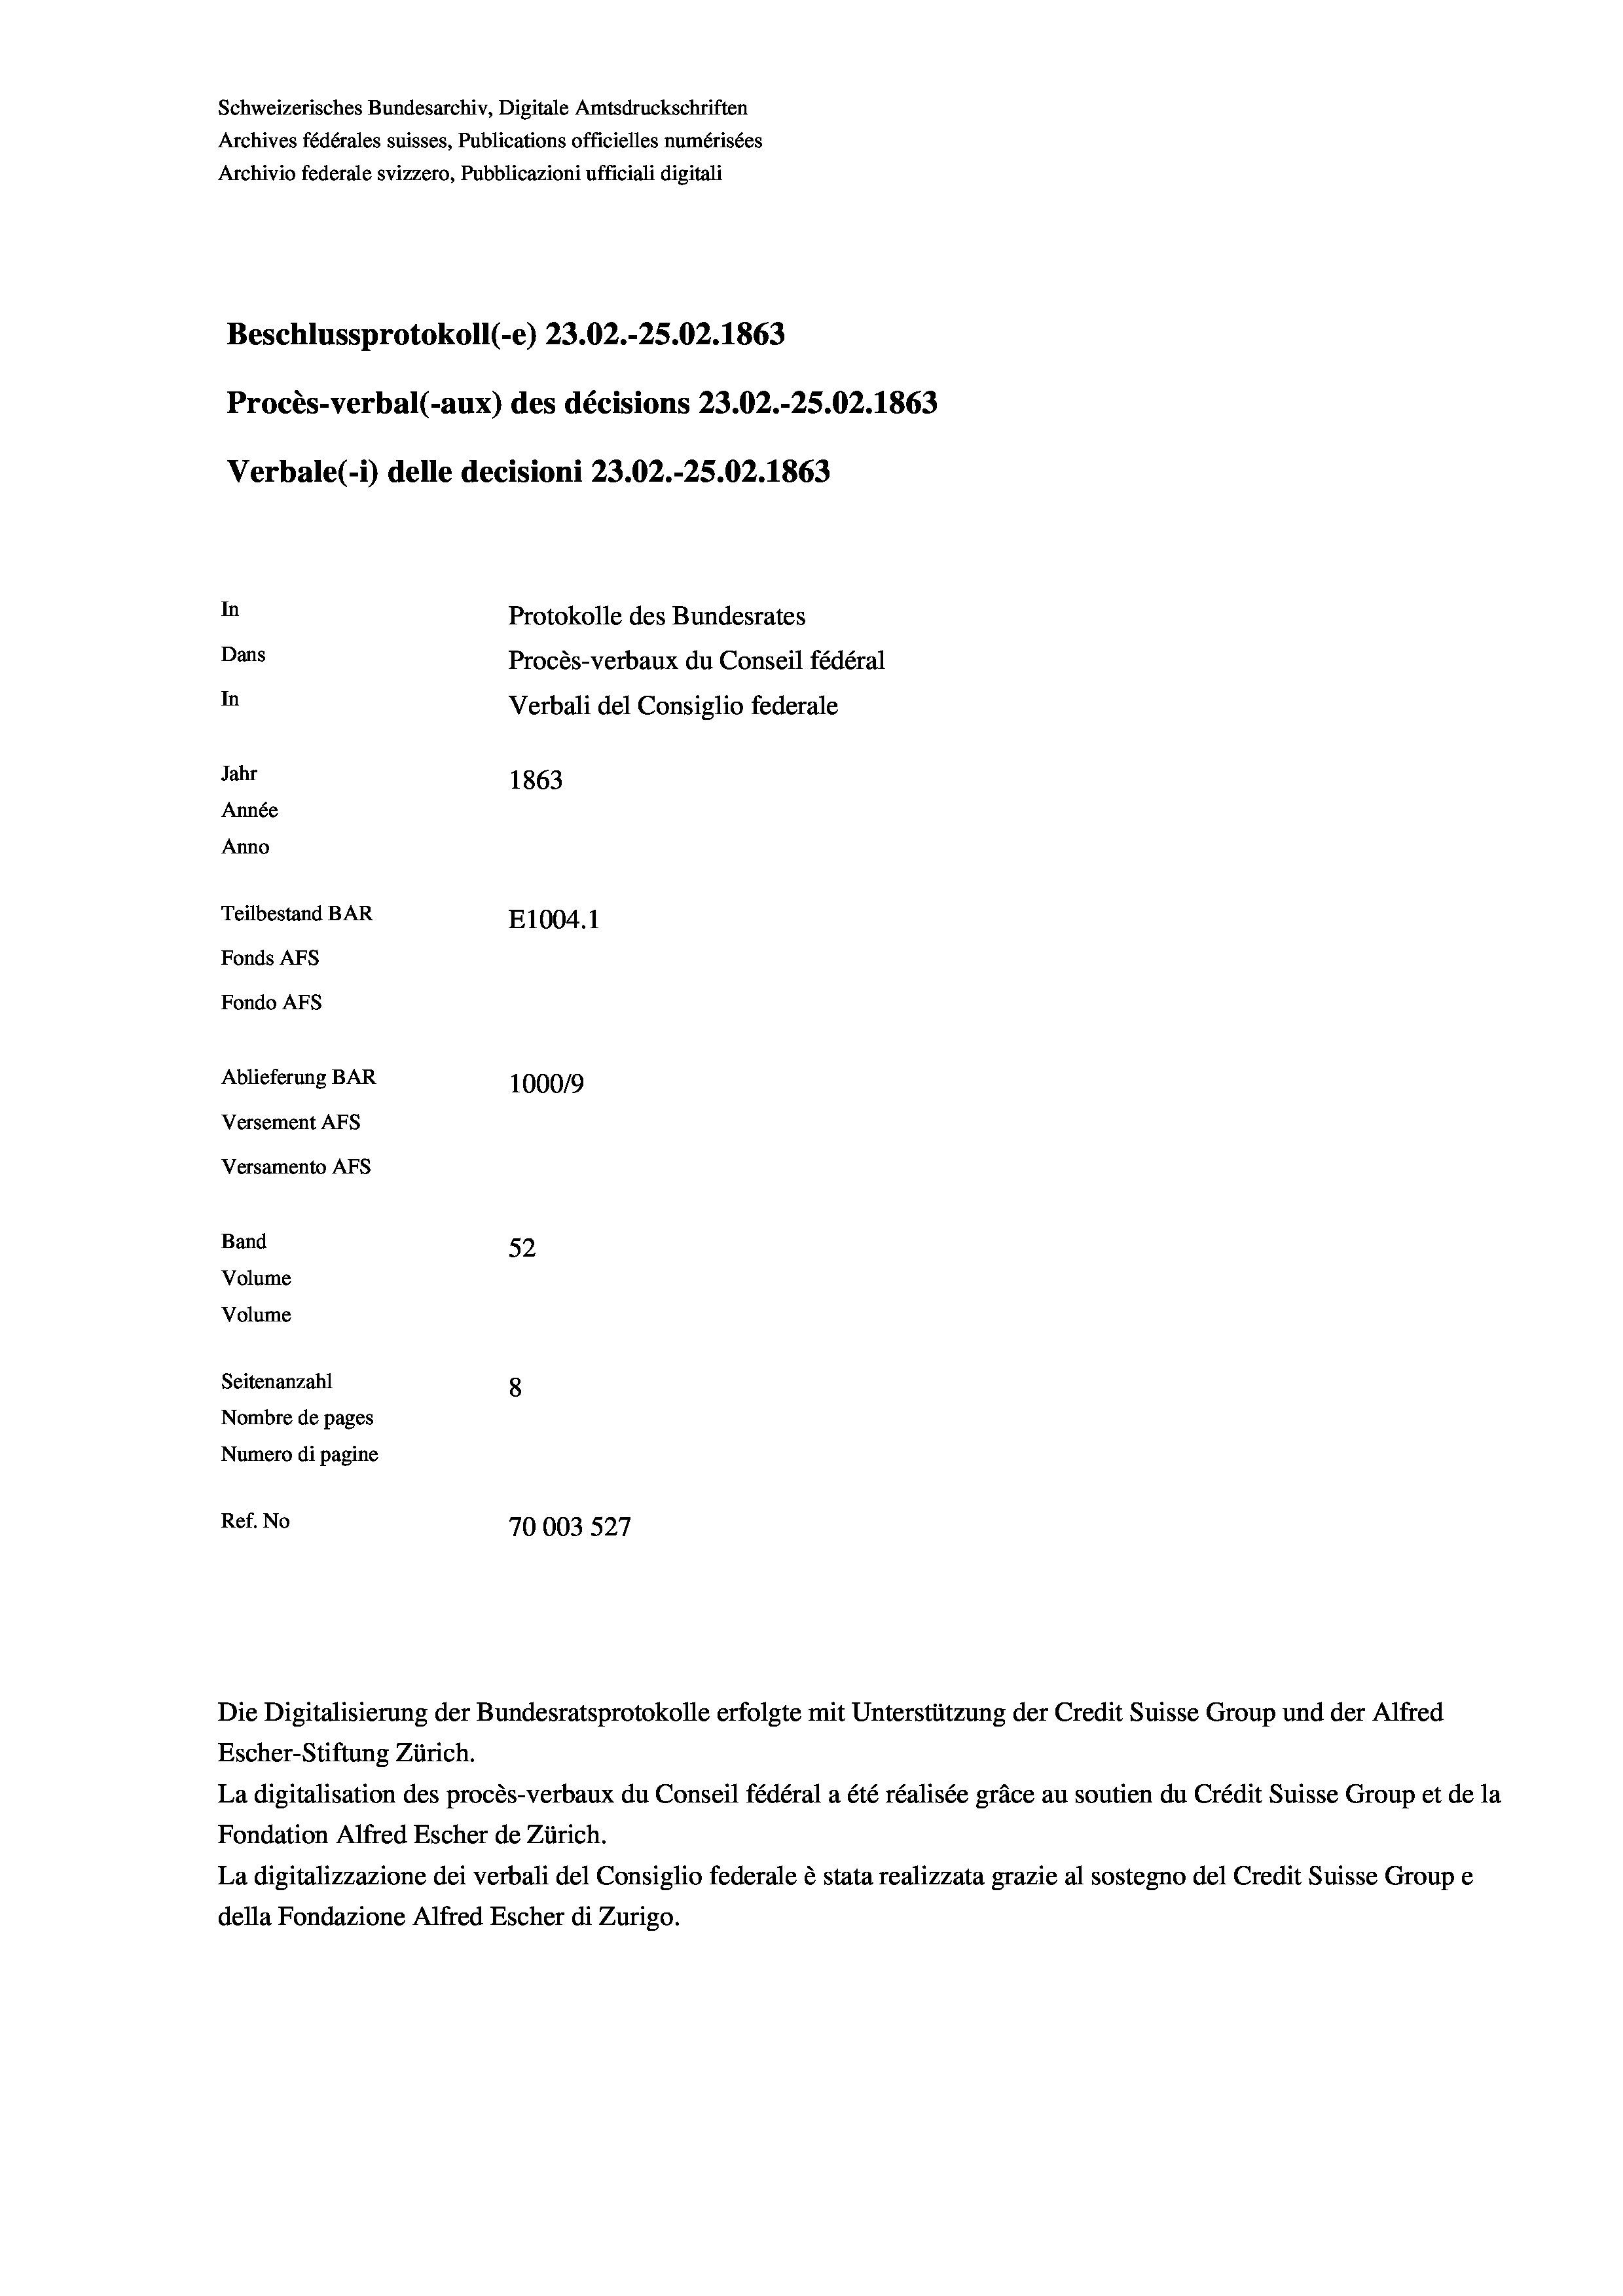
Schweizerisches Bundesarchiv, Digitale Amtsdruckschriften
Archives fédérales suisses, Publications officielles numérisées
Archivio federale svizzero, Pubblicazioni ufficiali digitali
Beschlussprotokoll (-e) 23.02.-25.02. 1863
Procès-verbal (-aux) des décisions 23.02.-25.02. 1863
Verbale (i) delle decisioni 23.02.-25.02. 1863
In
Protokolle des Bundesrates
Dans
Procès-verbaux du Conseil fédéral
In
Verbali del Consiglio federale
Jahr
1863
Année
Anno
Teilbestand BAR
E1004. 1
Fonds AFs
Fondo AFS
Ablieferung BAR
100019
Versement AFs
Versamento Afs
Band
52
Volume
Volume
Seitenanzahl
8
Nombre de pages
Numero di pagine
Ref. No
70003 527

Die Digitalisierung der Bundesratsprotokolle erfolgte mit Unterstützung der Credit Suisse Group und der Alfred

Escher-Stiftung Zürich.
La digitalisation des procès-verbaux du Conseil fédéral a été réalisée gräce au soutien du Crédit Suisse Group et de la
Fondation Alfred Escher de Zürich.
La digitalizzazione dei verbali del Consiglio federale è stata realizzata grazie al sostegno del Credit Suisse Groupe
della Fondazione Alfred Escher di Zurigo.